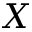
X